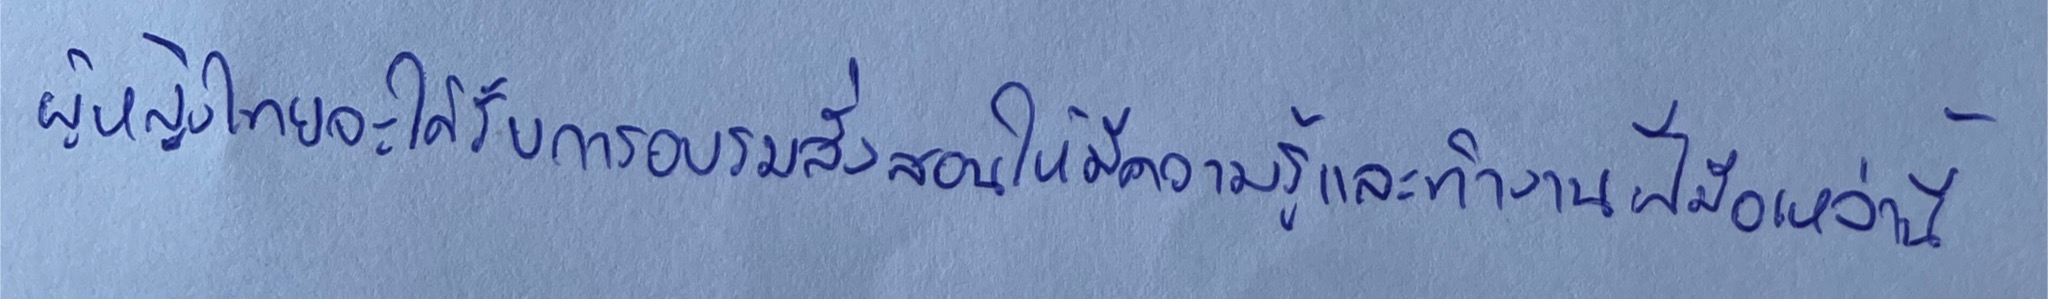
ผู้หญิงไทยจะได้รับการอบรมสั่งสอนให้มีความรู้และทำงานฝีมือเหล่านี้ได้เป็นอย่างดี